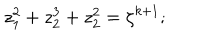
LaTeX: z _ { 1 } ^ { 2 } + z _ { 2 } ^ { 3 } + z _ { 2 } ^ { 2 } = \zeta ^ { k + 1 } ;